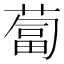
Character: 蔔